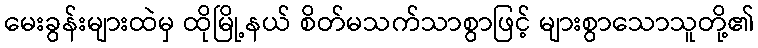
မေးခွန်းများထဲမှ ထိုမြို့နယ် စိတ်မသက်သာစွာဖြင့် များစွာသောသူတို့၏